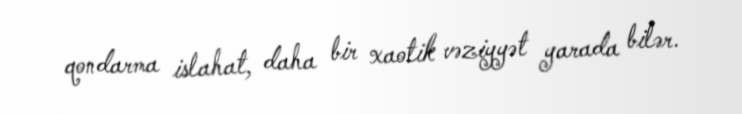
qondarma islahat, daha bir xaotik vəziyyət yarada bilər.